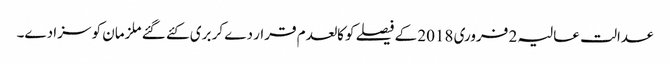
عدالت عالیہ 2 فروری 2018 کے فیصلے کو کالعدم قرار دے کر بری کئے گئے ملزمان کو سزا دے۔